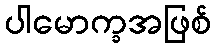
ပါမောက္ခအဖြစ်